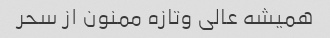
همیشه عالی وتازه ممنون از سحر